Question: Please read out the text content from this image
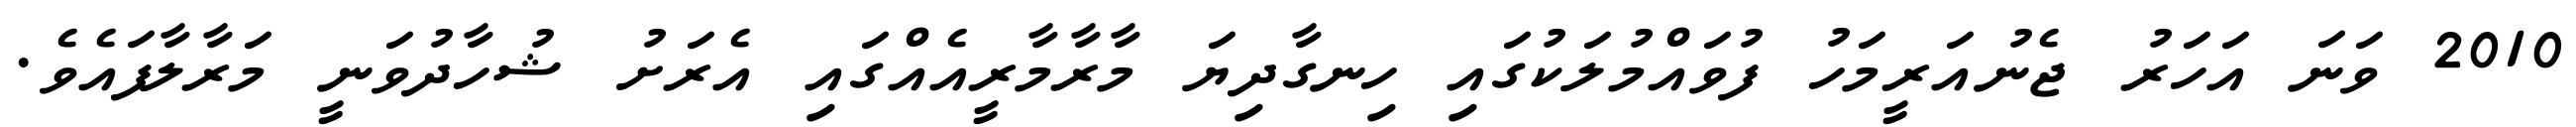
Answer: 2010 ވަނަ އަހަރު ޖެނުއަރީމަހު ފުވައްމުލަކުގައި ހިނގާދިޔަ މާރާމާރީއެއްގައި އެރަށު ޝުހާދުވަނީ މަރާލާފައެވެ.